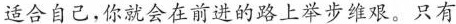
适合自己，你就会在前进的路上举步维艰。只有